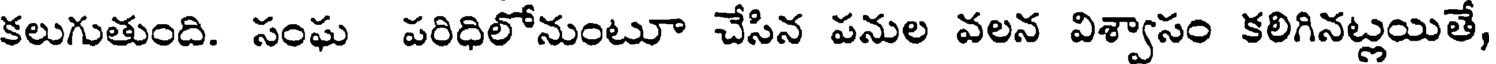
కలుగుతుంది. సంఘ పరిధిలోనుంటూ చేసిన పనుల వలన విశ్వాసం కలిగినట్లయితే